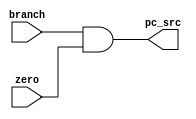
module check_branch(branch,zero,pc_src);

input branch;
input zero;

output pc_src;

wire pc_src;

assign pc_src = branch & zero;

endmodule